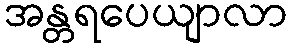
အန္တရပေယျာလာ